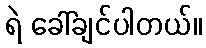
ရဲ ခေါ်ချင်ပါတယ်။